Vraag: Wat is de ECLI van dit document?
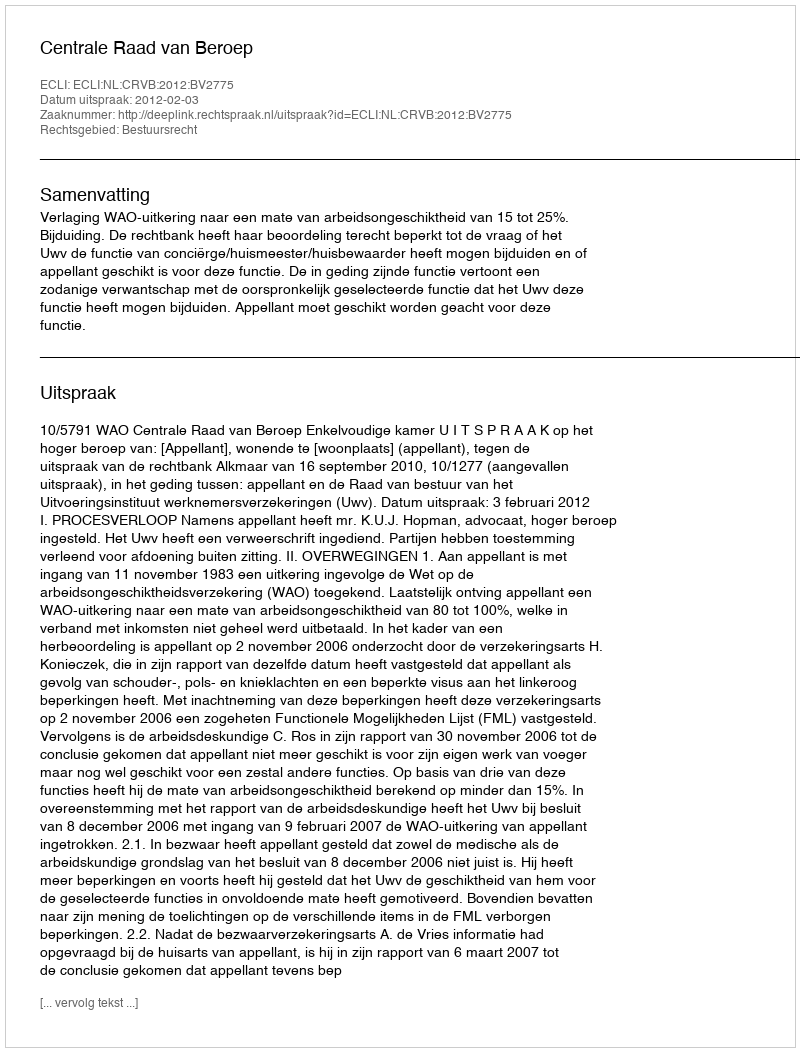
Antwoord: ECLI:NL:CRVB:2012:BV2775